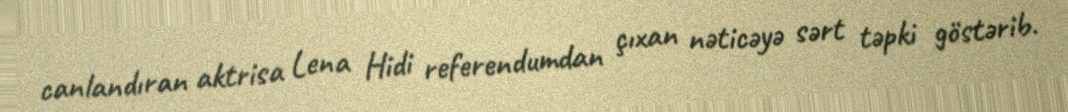
canlandıran aktrisa Lena Hidi referendumdan çıxan nəticəyə sərt təpki göstərib.